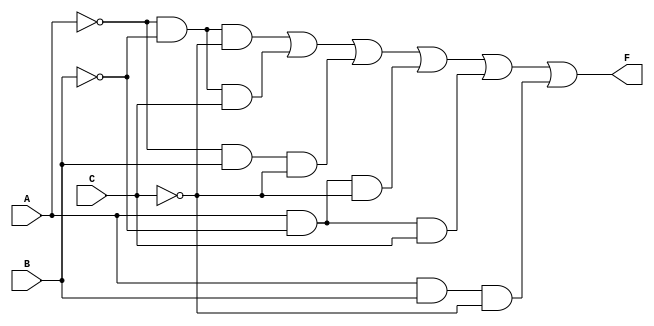
module kmap_3var (
    input wire A,  // First variable
    input wire B,  // Second variable
    input wire C,  // Third variable
    output wire F  // Output
);

// Implementation of the K-map based on the specified minterms
assign F = (~A & ~B & ~C) |  // m0
           (~A & ~B & C) |   // m1
           (~A & B & ~C) |   // m2
           (A & ~B & ~C) |   // m4
           (A & ~B & C) |    // m5
           (A & B & ~C);     // m6

endmodule